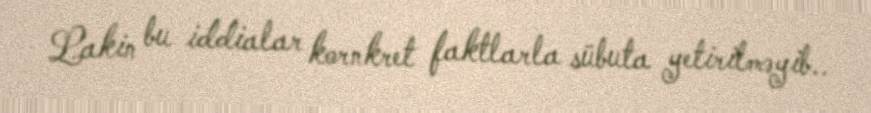
Lakin bu iddialar kornkret faktlarla sübuta yetirilməyib..